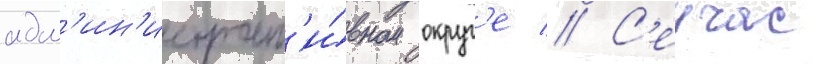
адм'ин'истрат'и́вном округ'е // С'еичас